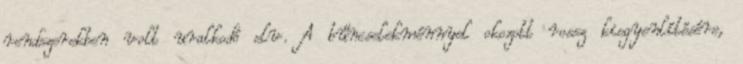
rendszerekben volt uralkodó elv. A bűncselekménnyel okozott rossz kiegyenlítésére,